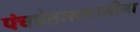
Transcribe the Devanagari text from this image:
पंचप्रेतासनासीना